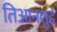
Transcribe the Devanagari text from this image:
तिआनशुई